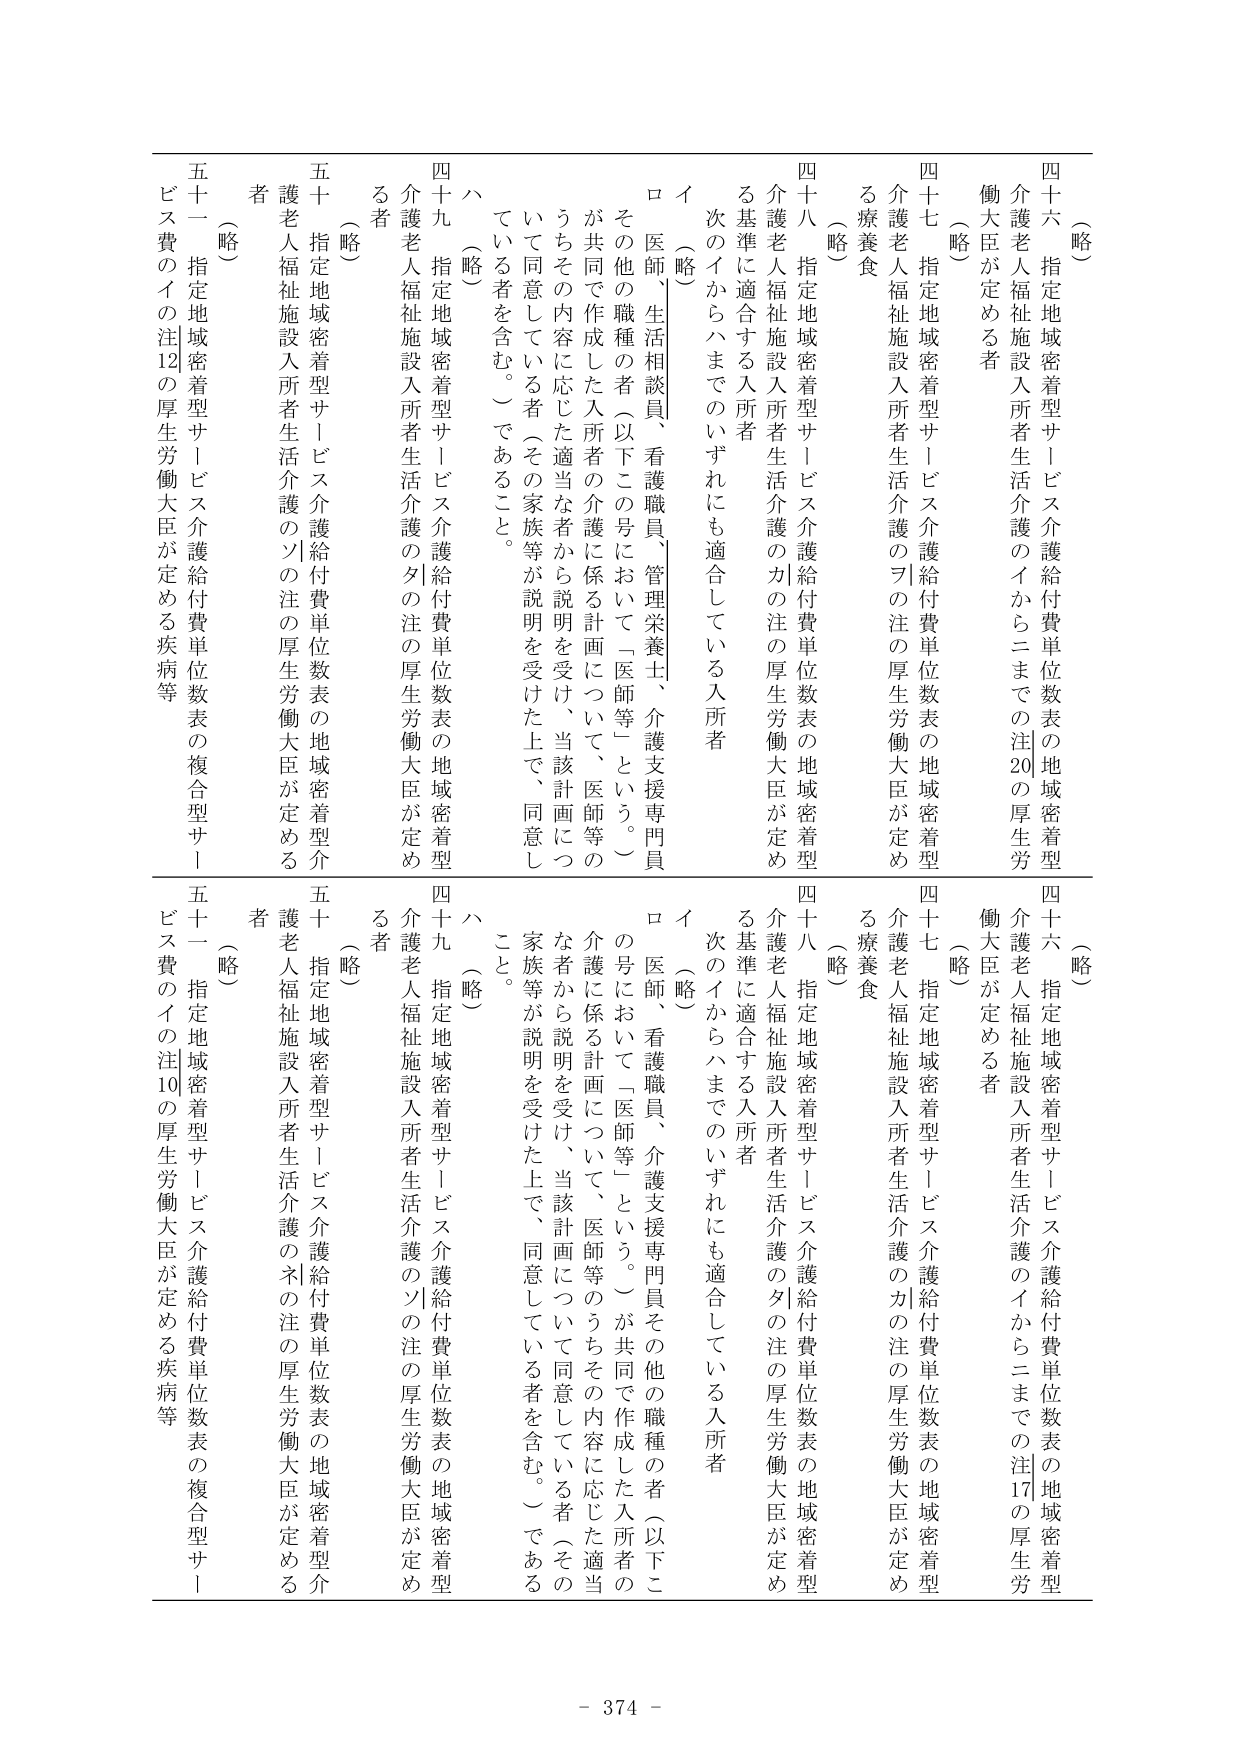
（略）
四十六 指定地域密着型サービス介護給付費単位数表の地域密着型介護老人福祉施設入所者生活介護のイからニまでの注20の厚生労働大臣が定める者
（略）
四十七 指定地域密着型サービス介護給付費単位数表の地域密着型介護老人福祉施設入所者生活介護のヲの注の厚生労働大臣が定める療養食
（略）
四十八 指定地域密着型サービス介護給付費単位数表の地域密着型介護老人福祉施設入所者生活介護のカの注の厚生労働大臣が定める基準に適合する入所者
次のイからハまでのいずれにも適合している入所者
イ（略）
ロ 医師、生活相談員、看護職員、管理栄養士、介護支援専門員その他の職種の者（以下この号において「医師等」という。）が共同で作成した入所者の介護に係る計画について、医師等のうちその内容に応じた適当な者から説明を受け、当該計画について同意している者（その家族等が説明を受けた上で、同意している者を含む。）であること。
ハ（略）
四十九 指定地域密着型サービス介護給付費単位数表の地域密着型介護老人福祉施設入所者生活介護のタの注の厚生労働大臣が定める者
（略）
五十 指定地域密着型サービス介護給付費単位数表の地域密着型介護老人福祉施設入所者生活介護のソの注の厚生労働大臣が定める者
（略）
五十一 指定地域密着型サービス介護給付費単位数表の複合型サービス費のイの注12の厚生労働大臣が定める疾病等

（略）
四十六 指定地域密着型サービス介護給付費単位数表の地域密着型介護老人福祉施設入所者生活介護のイからニまでの注17の厚生労働大臣が定める者
（略）
四十七 指定地域密着型サービス介護給付費単位数表の地域密着型介護老人福祉施設入所者生活介護のカの注の厚生労働大臣が定める療養食
（略）
四十八 指定地域密着型サービス介護給付費単位数表の地域密着型介護老人福祉施設入所者生活介護のタの注の厚生労働大臣が定める基準に適合する入所者
次のイからハまでのいずれにも適合している入所者
イ（略）
ロ 医師、看護職員、介護支援専門員その他の職種の者（以下この号において「医師等」という。）が共同で作成した入所者の介護に係る計画について、医師等のうちその内容に応じた適当な者から説明を受け、当該計画について同意している者（その家族等が説明を受けた上で、同意している者を含む。）であること。
ハ（略）
四十九 指定地域密着型サービス介護給付費単位数表の地域密着型介護老人福祉施設入所者生活介護のソの注の厚生労働大臣が定める者
（略）
五十 指定地域密着型サービス介護給付費単位数表の地域密着型介護老人福祉施設入所者生活介護のネの注の厚生労働大臣が定める者
（略）
五十一 指定地域密着型サービス介護給付費単位数表の複合型サービス費のイの注10の厚生労働大臣が定める疾病等

- 374 -